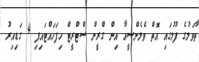
ތާވަލުގެ ފުލުގައި އޮތް ވެލެންސީއާ އިން ގްރީން ސްޓްރީޓް ހިފަހައްޓައިފި 4 ގަޑިއިރު